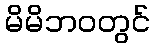
မိမိဘဝတွင်